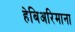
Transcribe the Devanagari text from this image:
हेबिअरिमाना